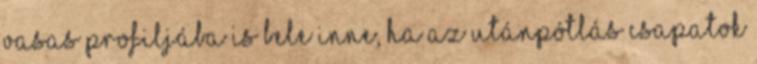
vasas profiljába is bele inne, ha az utánpótlás csapatok